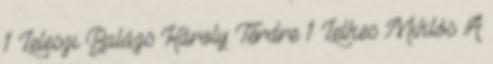
1 Leleszi Balázs Károly: Térdre 1 Lelkes Miklós A